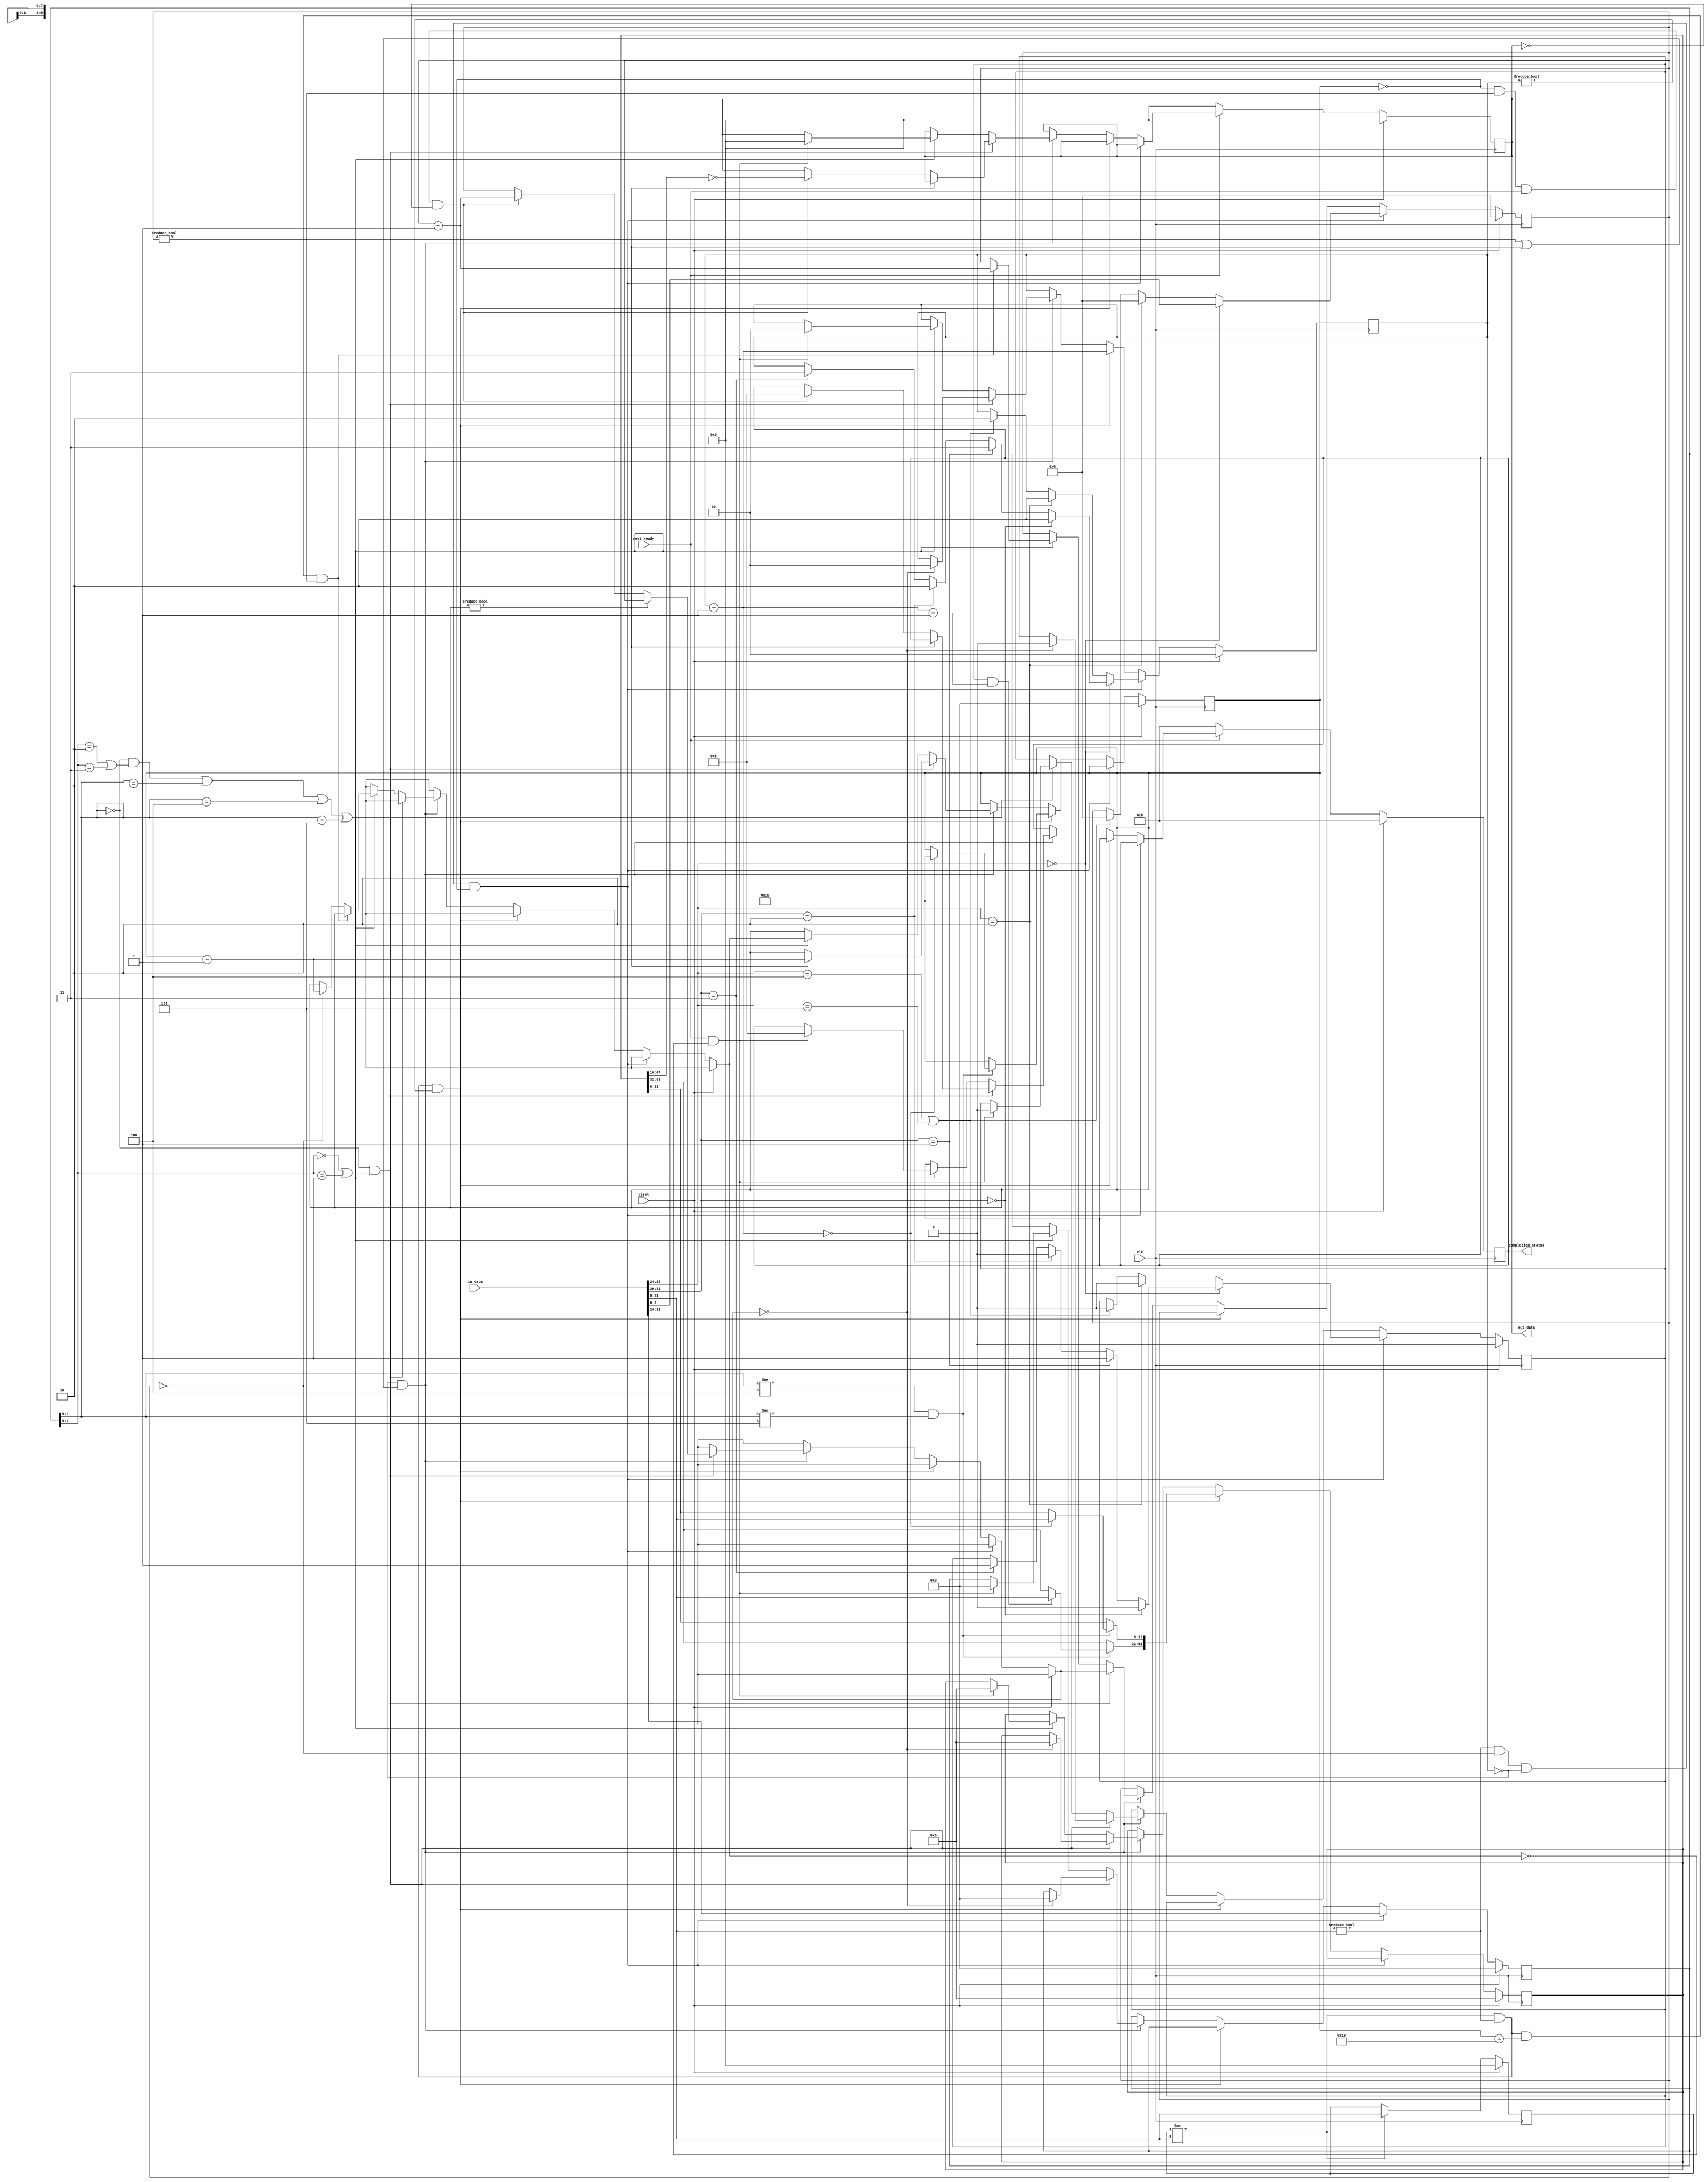
`timescale 1ns / 1ps 
`default_nettype none 

module HardwareSubunit #(
	parameter DELAY = 25
) (
	clk,
	reset,
	in_data,
	next_ready,
	out_data,
	completion_status
);

	// Declare input ports

	input	[34:0] 	in_data;
	input 	clk,
		reset,
		next_ready;
		
	// Declare output ports

	output reg [31:0] out_data; 	// Output data
	output reg [3:0] completion_status;

	// Declare Middle Ports
	
	reg [63:0]	address; //address of data to be accessed
	reg [31:0]	middle_in_data,
			old_data;
	reg [9:0]		payload_length; //Amount of payload to write or to read
	reg [7:0]		TLP_TFMT,	//Type and Format fields of TLP
						delay_counter;	//Counts up to DELAY
	reg [1:0]		TLP_counter;	//How many more TLP's are coming
	reg 	middle_next_ready,
		broken,
		middle_reset,
		size;		//1 if TLP is 128, 0 if TLP is 96

	//Generate Block

	//Assign Statements

	//Always Blocks
	
	always @(posedge clk)
	begin
		middle_in_data = in_data[31:0];
		middle_next_ready = next_ready;
		middle_reset = reset;
		#1
		if (middle_reset == 1'b1)
		begin
			address = 64'b0;
			middle_in_data = 32'b0;
			old_data = 32'b0;
			payload_length = 10'b0;
			TLP_TFMT = 8'b0;
			delay_counter = 0;
			TLP_counter = 2'b0;
			middle_next_ready = 1'b0;
			size = 1'b0;
			out_data = 32'b0;
			completion_status = 4'b0;
			broken = 1'b0;
		end
		else 
		begin
			if (middle_in_data != 0 && payload_length == 0 && TLP_counter == 0 && delay_counter == 0) //Start of TLP packet
			begin
				TLP_TFMT = middle_in_data[31:24];
				if (TLP_TFMT[4:0] == 5'b00000) //memory request
				begin
					if (TLP_TFMT[7:5] == 3'b000) //96-bit memory read
					begin
						TLP_counter = 2'b10;
						size = 1'b0;
					end
					else if (TLP_TFMT[7:5] == 3'b001) //128-bit memory read
					begin
						TLP_counter = 2'b11;
						size = 1'b1;
					end
					else if (TLP_TFMT[7:5] == 3'b010) //96-bit memory write
					begin
						TLP_counter = 2'b10;
						size = 1'b0;
					end
					else if (TLP_TFMT[7:5] == 3'b011) //128-bit memory write
					begin
						TLP_counter = 2'b11;
						size = 1'b1;
					end
					payload_length = middle_in_data[9:0]; //size of payload
				end
				else if (TLP_TFMT[4:0] == 5'b00010) //IO request
				begin
					size = 1'b0;
					TLP_counter = 2'b10;
					payload_length = 0;
				end
				else if (TLP_TFMT[4:0] == 5'b00100 || TLP_TFMT[4:0] == 5'b00101) //configuration request
				begin
					size = 1'b0;
					TLP_counter = 2'b10;
					payload_length = 0;
				end
				else //unknown TLP type
				begin
					broken = 1'b1;
				end
			end
			else if (old_data != middle_in_data && middle_in_data != 0 && TLP_counter != 0) //finish reading TLP
			begin
				TLP_counter = TLP_counter - 1'b1;
				if (TLP_TFMT[4:0] != 5'b00100 && TLP_TFMT[4:0] != 5'b00101) //not a configuration
				begin
					if (size == 1'b1 && TLP_counter == 2'b01) //128-bit memory request
					begin
						address[63:32] = middle_in_data;
					end
					if (TLP_counter == 2'b00)
					begin
							address[31:0] = middle_in_data;
							delay_counter = DELAY; //set delay
					end
				end
				else //set configuration delay
				begin
					delay_counter = DELAY; //set delay
				end
			end
			else if (TLP_counter == 0 && (payload_length != 0 || delay_counter !=0)) //handling payload
			begin
				if (TLP_TFMT[4:0] == 5'b00000 && (TLP_TFMT[7:5] == 3'b000 || TLP_TFMT[7:5] == 3'b001)) //memory read
				begin
					if (delay_counter != 0)
					begin
						delay_counter = delay_counter - 1; //decrement delay
					end
					else if (delay_counter == 0 && payload_length != 0 && middle_next_ready == 1 && out_data == 0)
					begin
						out_data = ~(address[47:16]);
						payload_length = payload_length - 1'b1;
						completion_status = 4'b1000;
					end
					if (payload_length == 0)
					begin
						address = 64'b0;
						TLP_TFMT = 8'b0;
						TLP_counter = 2'b0;
						size = 1'b0;
					end
				end
				else if ((TLP_TFMT[4:0] == 5'b00000 && (TLP_TFMT[7:5] == 3'b010 || TLP_TFMT[7:5] == 3'b011)) || TLP_TFMT[4:0] == 5'b00010 || TLP_TFMT[4:0] == 5'b00100 || TLP_TFMT[4:0] == 5'b00101) //memory write, IO, or Configuration
				begin
					if (old_data != middle_in_data && middle_in_data != 0 && delay_counter == DELAY && payload_length != 0)
					begin
						payload_length = payload_length - 1'b1;
					end
					else if (payload_length == 0)
					begin
						delay_counter = delay_counter - 1; //decrement delay
					end
					if (middle_next_ready == 1 && delay_counter == 0)
					begin
						out_data = 32'b0;
						completion_status = 4'b1000;
						address = 64'b0;
						TLP_TFMT = 8'b0;
						TLP_counter = 2'b0;
						size = 1'b0;
					end
				end
			end


			if (old_data != middle_in_data)
			begin
				old_data = middle_in_data;
			end
			
			if (middle_next_ready == 0)
			begin
				out_data = 32'b0;
				completion_status = 4'b0;
			end
		end
	end

endmodule